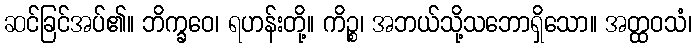
ဆင်ခြင်အပ်၏။ ဘိက္ခဝေ၊ ရဟန်းတို့။ ကိဉ္စ၊ အဘယ်သို့သဘောရှိသော။ အတ္ထဝသံ၊